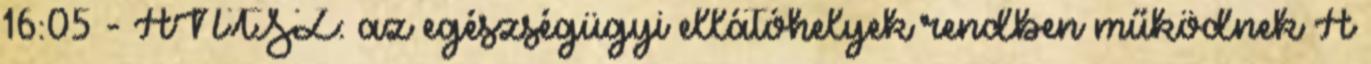
16:05 - ÁNTSZ: az egészségügyi ellátóhelyek rendben működnek A